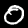
Label: 0